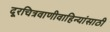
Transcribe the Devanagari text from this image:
दूरचित्रवाणीवाहिन्यांसाठी